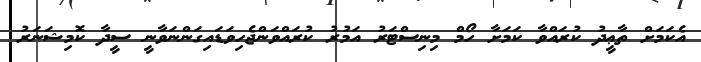
އެކަމަށް ތާޢީދު ކުރައްވާ ކަމަށާ ހޯމް މިނިސްޓަރު އަމުރު ކުރައްވަންޖެހިވަޑައިގަންނަވާނީ ސީދާ ކޮމިޝަނަރު